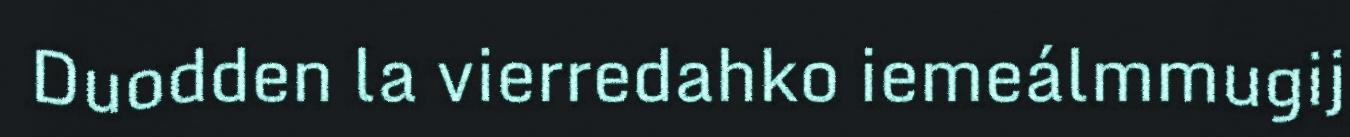
Duodden la vierredahko iemeálmmugij